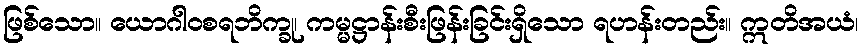
ဖြစ်သော။ ယောဂါဝစရဘိက္ခု၊ ကမ္မဋ္ဌာန်းစီးဖြန်းခြင်းရှိသော ရဟန်းတည်း။ ဣတိအယံ၊